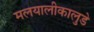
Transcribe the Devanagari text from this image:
मलयालीकालुडे